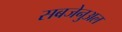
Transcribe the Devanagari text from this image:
सबजेनुअल